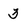
Character: 3